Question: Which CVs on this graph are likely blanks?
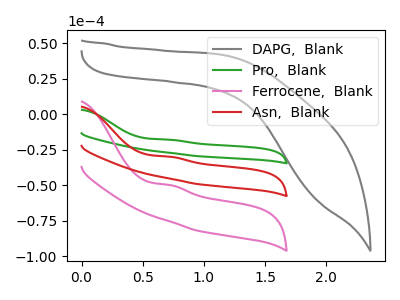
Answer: <think>The gray curve "DAPG,  Blank" has no peaks. The green curve "Pro,  Blank" has an anodic peak at: (0.75V, -59.70uA). The pink curve "Ferrocene,  Blank" has an anodic peak at: (0.75V, -49.80uA). The red curve "Asn,  Blank" has an anodic peak at: (0.75V, -29.85uA).</think>
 <answer>"DAPG,  Blank" is likely to be a blank.</answer>
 <eval>DAPG,  Blank</eval>